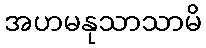
အဟမနုသာသာမိ